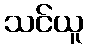
သင်ယူ